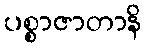
ပစ္စာဇာတာနိ